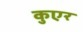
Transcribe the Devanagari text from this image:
कुएर